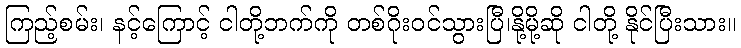
ကြည့်စမ်း၊ နင့်ကြောင့် ငါတို့ဘက်ကို တစ်ဂိုးဝင်သွားပြီ၊နို့မို့ဆို ငါတို့ နိုင်ပြီးသား။